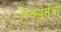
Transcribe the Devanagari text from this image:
रिचर्ड्सचा